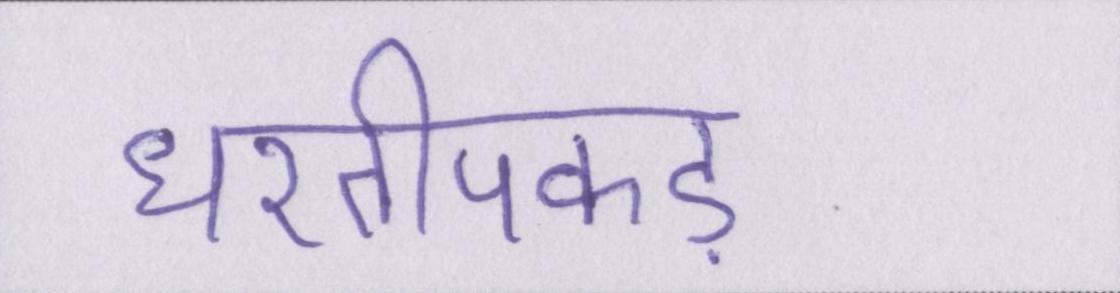
धरतीपकड़